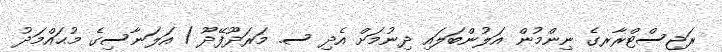
ރަޖިސްޓްރާރގެ ނިންމުން އަލުންބަލައި ދިނުމަށް އެދި ސ. މަރަދޫފޭދޫ / އަލަނާސިގެ މުޙައްމަދު